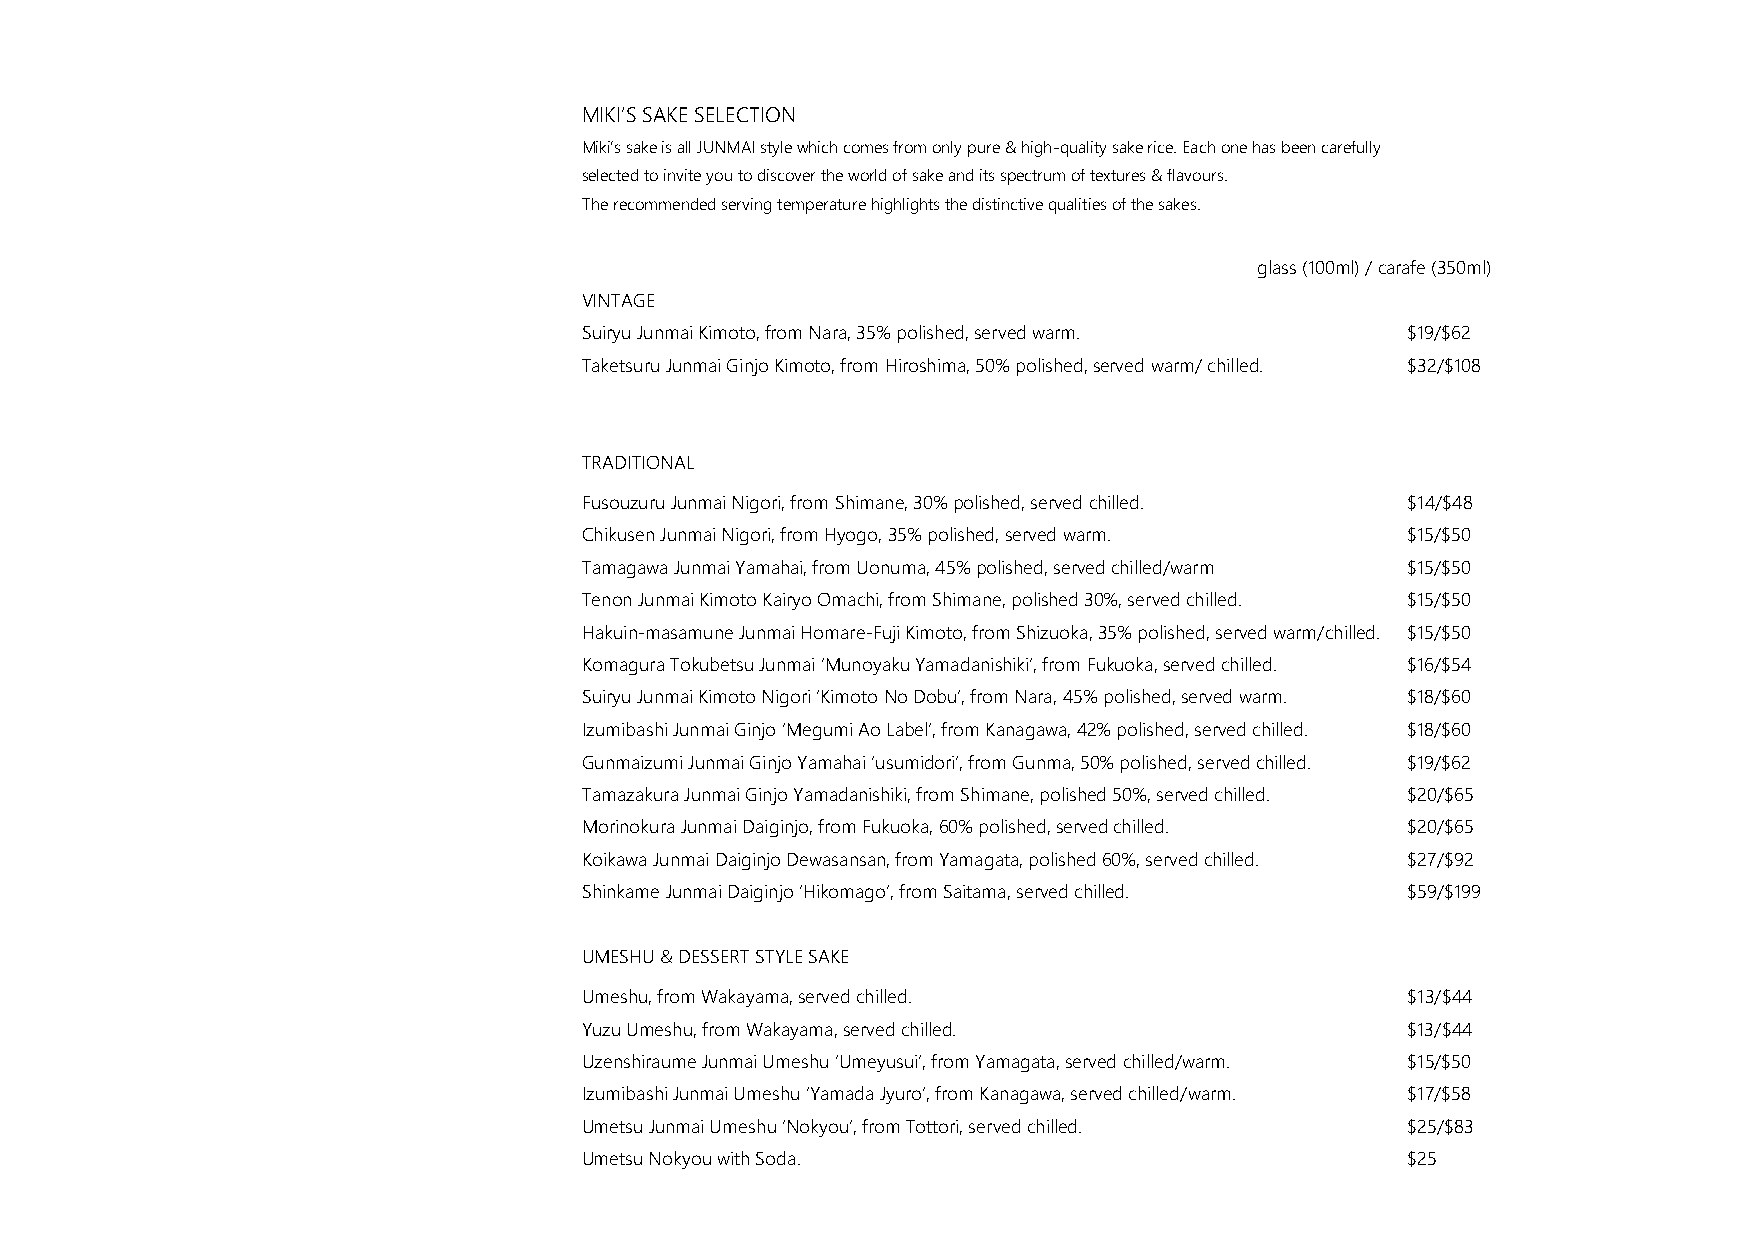
MIKI’S SAKE SELECTION
 Miki’s sake is all JUNMAI style which comes from only pure & high-quality sake rice. Each one has been carefully
 selected to invite you to discover the world of sake and its spectrum of textures & flavours.
 The recommended serving temperature highlights the distinctive qualities of the sakes.
 glass (100ml) / carafe (350ml)
 VINTAGE
 Suiryu Junmai Kimoto, from Nara, 35% polished, served warm. $19/$62
 Taketsuru Junmai Ginjo Kimoto, from Hiroshima, 50% polished, served warm/ chilled. $32/$108
 TRADITIONAL
 Fusouzuru Junmai Nigori, from Shimane, 30% polished, served chilled. $14/$48
 Chikusen Junmai Nigori, from Hyogo, 35% polished, served warm. $15/$50
 Tamagawa Junmai Yamahai, from Uonuma, 45% polished, served chilled/warm $15/$50
 Tenon Junmai Kimoto Kairyo Omachi, from Shimane, polished 30%, served chilled. $15/$50
 Hakuin-masamune Junmai Homare-Fuji Kimoto, from Shizuoka, 35% polished, served warm/chilled. $15/$50
 Komagura Tokubetsu Junmai ‘Munoyaku Yamadanishiki’, from Fukuoka, served chilled. $16/$54
 Suiryu Junmai Kimoto Nigori ‘Kimoto No Dobu’, from Nara, 45% polished, served warm. $18/$60
 Izumibashi Junmai Ginjo ‘Megumi Ao Label’, from Kanagawa, 42% polished, served chilled. $18/$60
 Gunmaizumi Junmai Ginjo Yamahai ‘usumidori’, from Gunma, 50% polished, served chilled. $19/$62
 Tamazakura Junmai Ginjo Yamadanishiki, from Shimane, polished 50%, served chilled. $20/$65
 Morinokura Junmai Daiginjo, from Fukuoka, 60% polished, served chilled. $20/$65
 Koikawa Junmai Daiginjo Dewasansan, from Yamagata, polished 60%, served chilled. $27/$92
 Shinkame Junmai Daiginjo ‘Hikomago’, from Saitama, served chilled. $59/$199
 UMESHU & DESSERT STYLE SAKE
 Umeshu, from Wakayama, served chilled.                 $13/$44
 Yuzu Umeshu, from Wakayama, served chilled.            $13/$44
 Uzenshiraume Junmai Umeshu ‘Umeyusui’, from Yamagata, served chilled/warm. $15/$50
 Izumibashi Junmai Umeshu ‘Yamada Jyuro’, from Kanagawa, served chilled/warm. $17/$58
 Umetsu Junmai Umeshu ‘Nokyou’, from Tottori, served chilled. $25/$83
 Umetsu Nokyou with Soda.                               $25